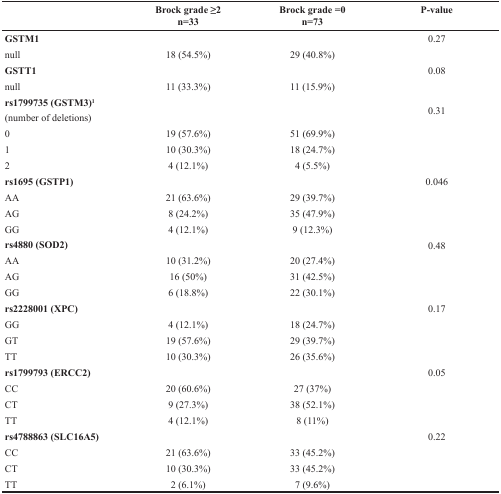
<table><thead><tr><td></td><td><b>Brock grade ≥2n=33</b></td><td><b>Brock grade =0n=73</b></td><td><b>P-value</b></td></tr></thead><tbody><tr><td><b>GSTM1</b></td><td></td><td></td><td>0.27</td></tr><tr><td>null</td><td>18 (54.5%)</td><td>29 (40.8%)</td><td></td></tr><tr><td><b>GSTT1</b></td><td></td><td></td><td>0.08</td></tr><tr><td>null</td><td>11 (33.3%)</td><td>11 (15.9%)</td><td></td></tr><tr><td><b>rs1799735 (GSTM3)<sup>1</sup></b>(number of deletions)</td><td></td><td></td><td>0.31</td></tr><tr><td>0</td><td>19 (57.6%)</td><td>51 (69.9%)</td><td></td></tr><tr><td>1</td><td>10 (30.3%)</td><td>18 (24.7%)</td><td></td></tr><tr><td>2</td><td>4 (12.1%)</td><td>4 (5.5%)</td><td></td></tr><tr><td><b>rs1695 (GSTP1)</b></td><td></td><td></td><td>0.046</td></tr><tr><td>AA</td><td>21 (63.6%)</td><td>29 (39.7%)</td><td></td></tr><tr><td>AG</td><td>8 (24.2%)</td><td>35 (47.9%)</td><td></td></tr><tr><td>GG</td><td>4 (12.1%)</td><td>9 (12.3%)</td><td></td></tr><tr><td><b>rs4880 (SOD2)</b></td><td></td><td></td><td>0.48</td></tr><tr><td>AA</td><td>10 (31.2%)</td><td>20 (27.4%)</td><td></td></tr><tr><td>AG</td><td>16 (50%)</td><td>31 (42.5%)</td><td></td></tr><tr><td>GG</td><td>6 (18.8%)</td><td>22 (30.1%)</td><td></td></tr><tr><td><b>rs2228001 (XPC)</b></td><td></td><td></td><td>0.17</td></tr><tr><td>GG</td><td>4 (12.1%)</td><td>18 (24.7%)</td><td></td></tr><tr><td>GT</td><td>19 (57.6%)</td><td>29 (39.7%)</td><td></td></tr><tr><td>TT</td><td>10 (30.3%)</td><td>26 (35.6%)</td><td></td></tr><tr><td><b>rs1799793 (ERCC2)</b></td><td></td><td></td><td>0.05</td></tr><tr><td>CC</td><td>20 (60.6%)</td><td>27 (37%)</td><td></td></tr><tr><td>CT</td><td>9 (27.3%)</td><td>38 (52.1%)</td><td></td></tr><tr><td>TT</td><td>4 (12.1%)</td><td>8 (11%)</td><td></td></tr><tr><td><b>rs4788863 (SLC16A5)</b></td><td></td><td></td><td>0.22</td></tr><tr><td>CC</td><td>21 (63.6%)</td><td>33 (45.2%)</td><td></td></tr><tr><td>CT</td><td>10 (30.3%)</td><td>33 (45.2%)</td><td></td></tr><tr><td>TT</td><td>2 (6.1%)</td><td>7 (9.6%)</td><td></td></tr></tbody></table>